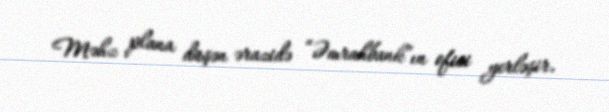
Məhz plana düşən ərazidə “Əmrahbank”ın ofisi yerləşir.